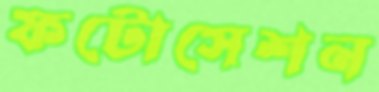
ফটোসেশন